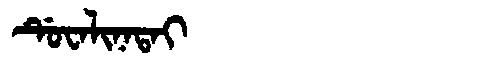
Manchu: ᡩᡠᠸᠠᠯᡳᠨᠠᡨᠠᡳ
Romanization: DUWALINATAI